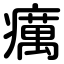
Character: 癘